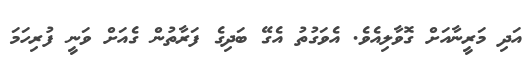
އަދި މަރީނާއަށް ގޮވާލިއެވެ. އެވަގުތު އެގޭ ބަދިގެ ފަރާތުން ގެއަށް ވަނީ ފުރިހަމަ